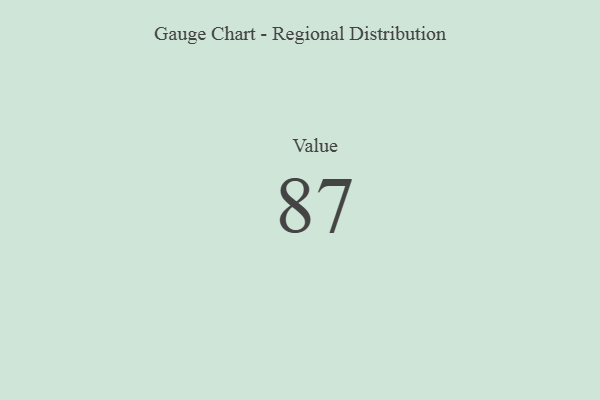
{"axis": {"x": "Metric", "y": "Value"}, "legend": [""], "data": [{"x": "Value", "y": 87, "type": ""}]}